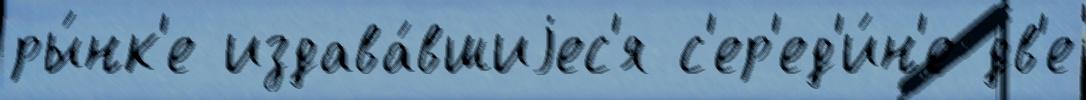
ры́нк'е издава́вшиjес'я с'ер'ед'и́н'е дв'е